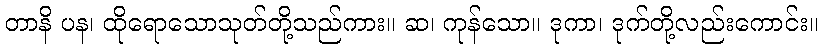
တာနိ ပန၊ ထိုရောသောသုတ်တို့သည်ကား။ ဆ၊ ကုန်သော။ ဒုကာ၊ ဒုက်တို့လည်းကောင်း။